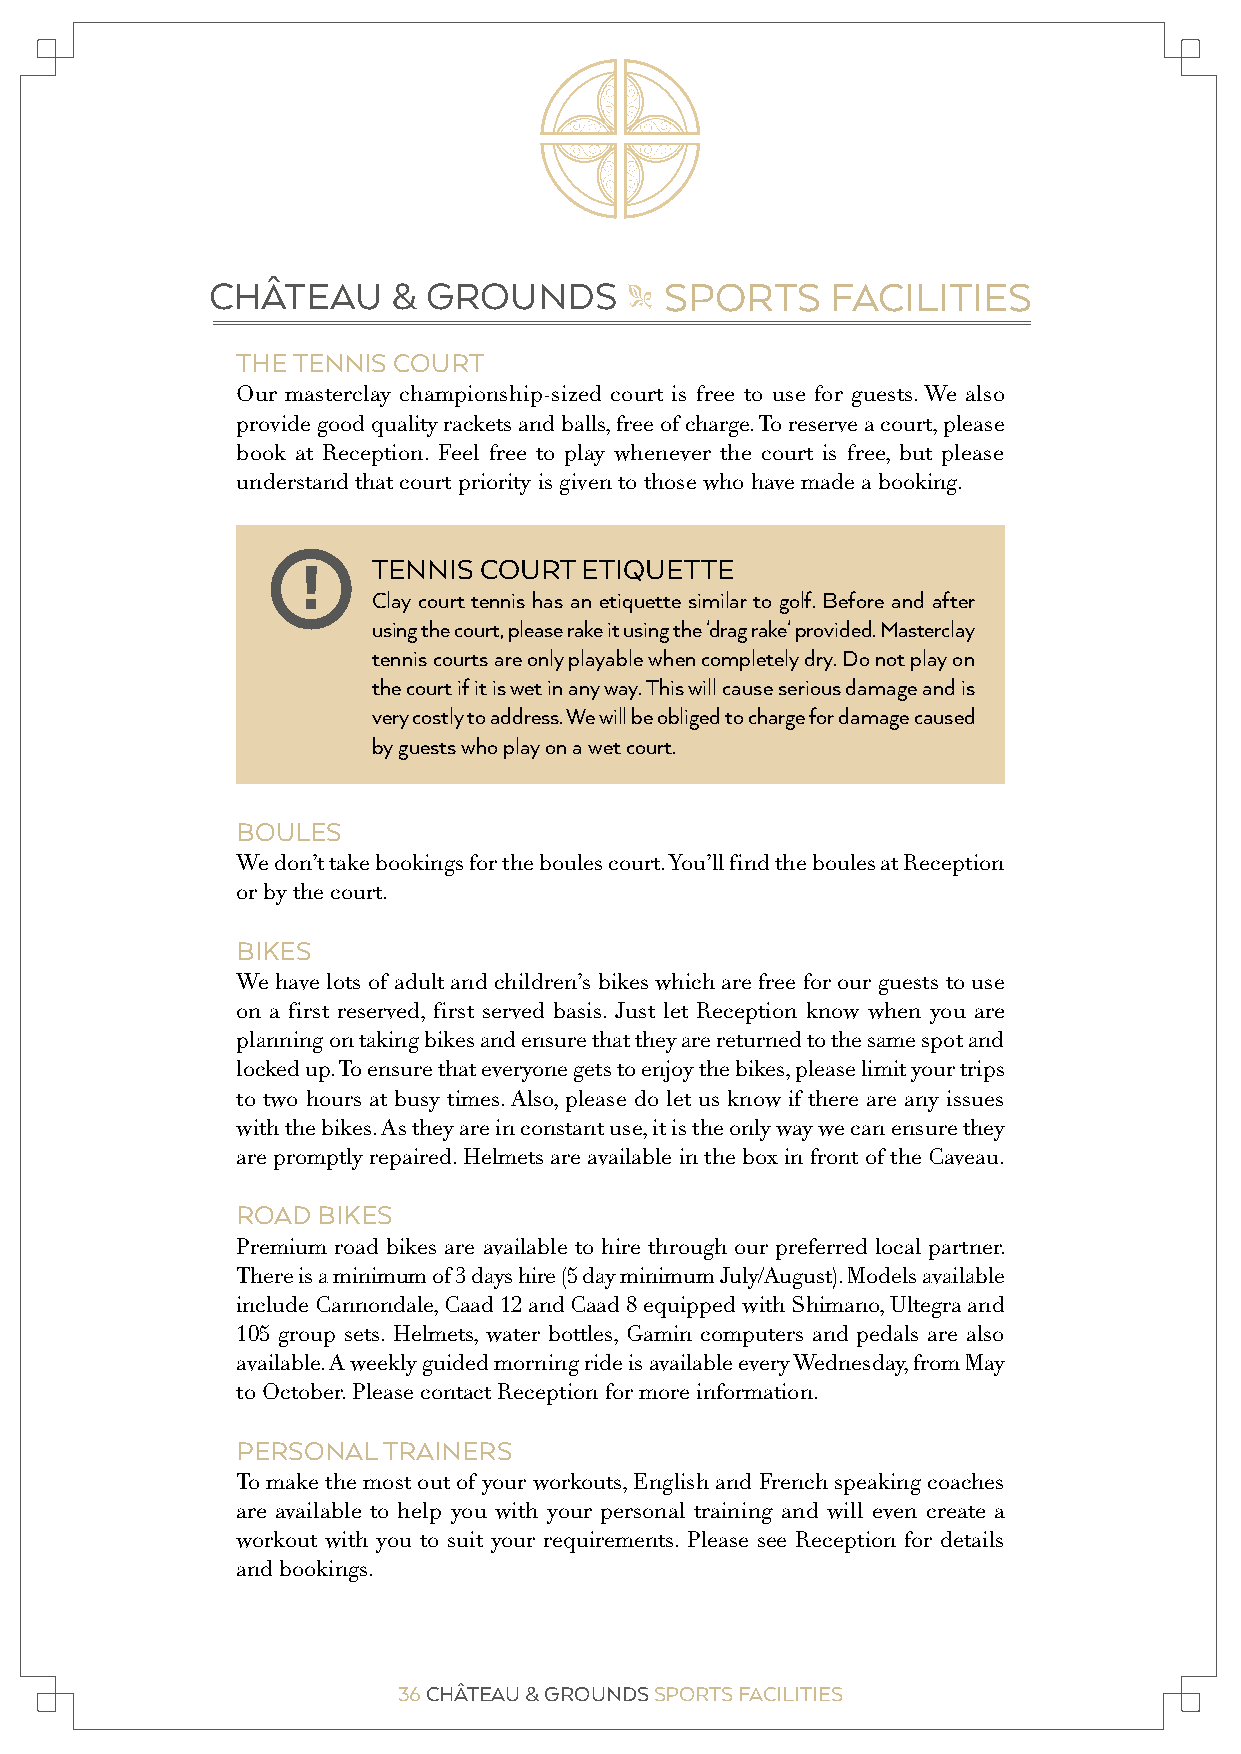
CHÂTEAU     & GROUNDS         SPORTS     FACILITIES
 "
 THE TENNIS COURT
 Our masterclay championship-sized court is free to use for guests. We also
 provide good quality rackets and balls, free of charge. To reserve a court, please
 book at Reception. Feel free to play whenever the court is free, but please
 understand that court priority is given to those who have made a booking.
 TENNIS COURT  ETIQUETTE
 !
 Clay court tennis has an etiquette similar to golf. Before and after
 using the court, please rake it using the 'drag rake' provided. Masterclay
 tennis courts are only playable when completely dry. Do not play on
 the court if it is wet in any way. This will cause serious damage and is
 very costly to address. We will be obliged to charge for damage caused
 by guests who play on a wet court.
 BOULES
 We don’t take bookings for the boules court. You’ll find the boules at Reception
 or by the court.
 BIKES
 We have lots of adult and children’s bikes which are free for our guests to use
 on a first reserved, first served basis. Just let Reception know when you are
 planning on taking bikes and ensure that they are returned to the same spot and
 locked up. To ensure that everyone gets to enjoy the bikes, please limit your trips
 to two hours at busy times. Also, please do let us know if there are any issues
 with the bikes. As they are in constant use, it is the only way we can ensure they
 are promptly repaired. Helmets are available in the box in front of the Caveau.
 ROAD BIKES
 Premium road bikes are available to hire through our preferred local partner.
 There is a minimum of 3 days hire (5 day minimum July/August). Models available
 include Cannondale, Caad 12 and Caad 8 equipped with Shimano, Ultegra and
 105 group sets. Helmets, water bottles, Gamin computers and pedals are also
 available. A weekly guided morning ride is available every Wednesday, from May
 to October. Please contact Reception for more information.
 PERSONAL TRAINERS
 To make the most out of your workouts, English and French speaking coaches
 are available to help you with your personal training and will even create a
 workout with you to suit your requirements. Please see Reception for details
 and bookings.
 36 CHÂTEAU & GROUNDS SPORTS FACILITIES